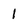
Character: 1